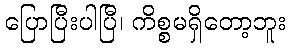
ပြောပြီးပါပြီ၊ ကိစ္စမရှိတော့ဘူး